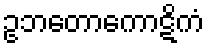
ဥဘတောကောဋိကံ